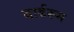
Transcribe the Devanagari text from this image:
वार्डरूम